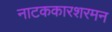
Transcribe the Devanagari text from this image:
नाटककारशरमन